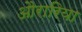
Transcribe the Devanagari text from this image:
औरारिया